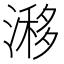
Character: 𣻗